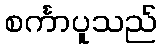
စင်္ကာပူသည်